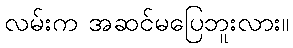
လမ်းက အဆင်မပြေဘူးလား။